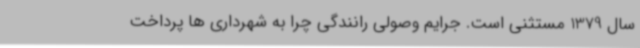
سال 1379 مستثنی است. جرایم وصولی رانندگی چرا به شهرداری ها پرداخت